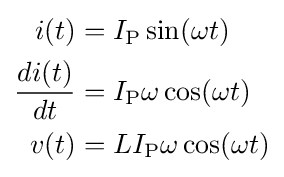
{\begin{aligned}i(t)&=I_{\mathrm {P} }\sin(\omega t)\\{\frac {di(t)}{dt}}&=I_{\mathrm {P} }\omega \cos(\omega t)\\v(t)&=LI_{\mathrm {P} }\omega \cos(\omega t)\end{aligned}}